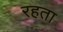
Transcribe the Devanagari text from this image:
रहता